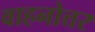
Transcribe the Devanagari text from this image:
वाहनोत्तर